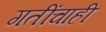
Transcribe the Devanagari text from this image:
गतींचाही